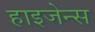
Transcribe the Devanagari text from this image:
हाइजेन्स